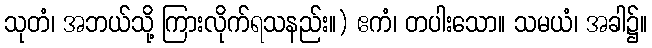
သုတံ၊ အဘယ်သို့ ကြားလိုက်ရသနည်း။) ဧကံ၊ တပါးသော။ သမယံ၊ အခါ၌။